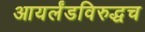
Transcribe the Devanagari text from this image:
आयर्लंडविरुद्धच